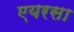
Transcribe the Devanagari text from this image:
एयरसा